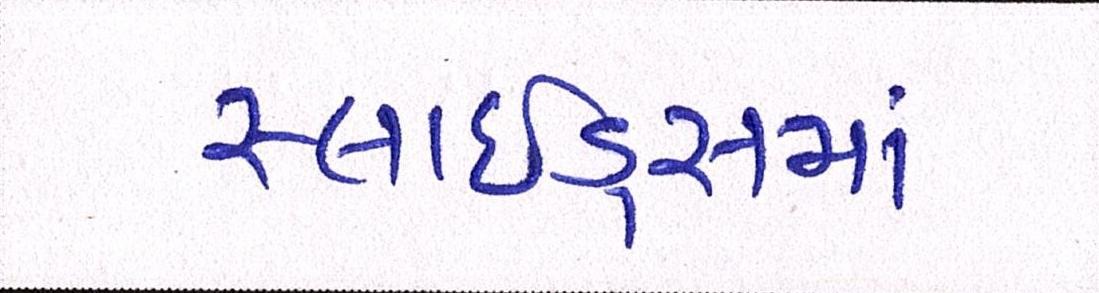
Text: સ્લાઇડ્સમાં